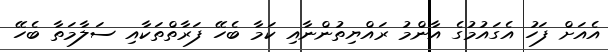
އެއަށް ފަހު އެގައުމުގެ އާންމު ރައްޔިތުންނާއި ކަމާ ބެހޭ ފަރާތްތަކާއި ސަލާމަތާ ބެހޭ